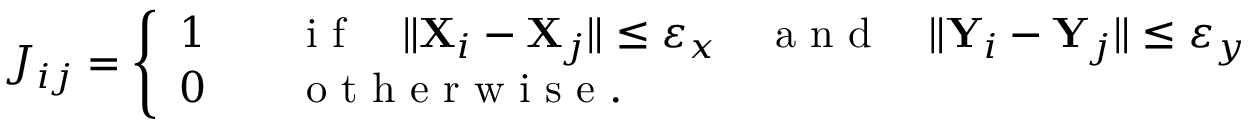
J _ { i j } = \left\{ \begin{array} { l l } { 1 } & { \quad \mathrm { ~ i ~ f ~ } \quad \| \mathbf { X } _ { i } - \mathbf { X } _ { j } \| \leq \varepsilon _ { x } \quad \mathrm { ~ a ~ n ~ d ~ } \quad \| \mathbf { Y } _ { i } - \mathbf { Y } _ { j } \| \leq \varepsilon _ { y } } \\ { 0 } & { \quad \mathrm { ~ o ~ t ~ h ~ e ~ r ~ w ~ i ~ s ~ e ~ } . } \end{array} \right.